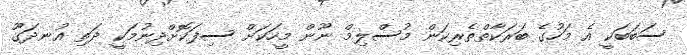
ސަބަބަކީ އެ މަހުގެ ބަރަކާތްތެރިކަން މުސްލިމް ނޫން މީހަކަށް ސިފަކޮށްދިނުމަކީ ދަތި އުނދަގޫ